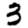
Digit: 3